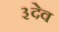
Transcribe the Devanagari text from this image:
३देव